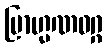
ဗြာဟ္မဏဝဂ္ဂ